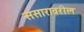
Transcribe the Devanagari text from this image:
संसारावरील